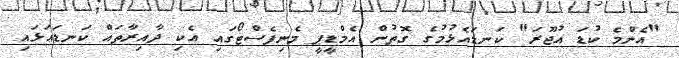
"އެންމެ ކުޑަ އުޖޫރަ" ކަނޑައެޅުމުގެ ގޮތުން އެމްޑީޕީ މެނިފެސްޓޯގައި އެކި ދާއިރާތައް ކަނޑައަޅައި